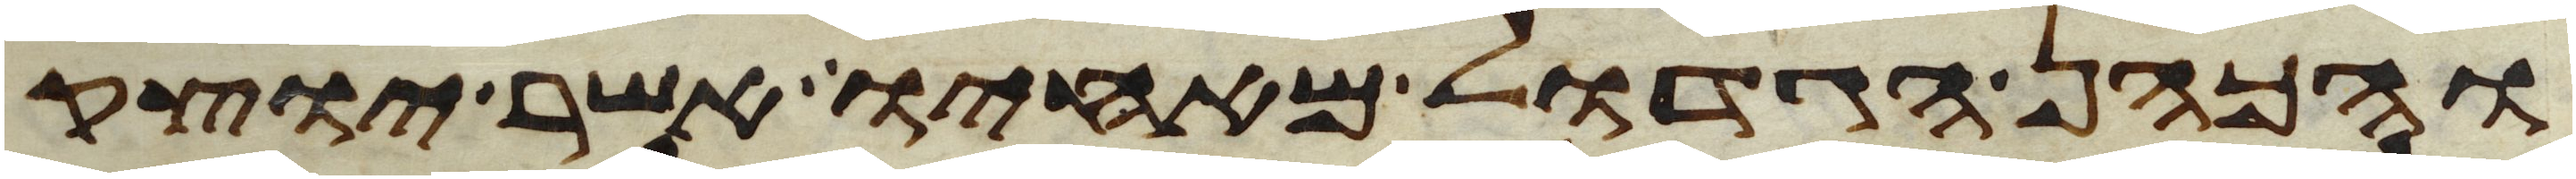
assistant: והכהן הגדול מאחיו אשר יוצק